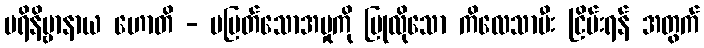
ပရိနိဗ္ဗာနာယ ဟောတိ - မမြတ်သောအမှုကို ပြုလိုသော ကိလေသာမီး ငြိမ်းရန် အတွက်